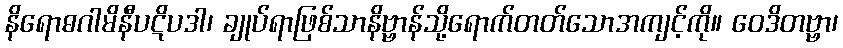
နိရောဓဂါမိနီပဋိပဒါ၊ ချုပ်ရာဖြစ်သာနိဗ္ဗာန်သို့ရောက်တတ်သောအကျင့်ကို။ ဝေဒိတဗ္ဗာ၊